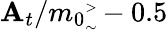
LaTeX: \mathbf{A}_{t}/m_{0}{\tiny\begin{array}{l}{{>}}\\ {{\sim}}\end{array}}-0.5